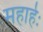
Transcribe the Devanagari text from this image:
महार्हः